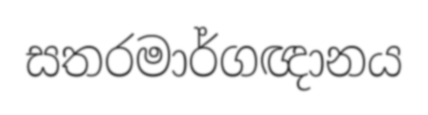
සතරමාර්ගඥානය